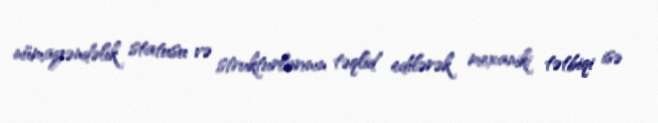
nümayəndəlik statusu və strukturlarının təqlid edilərək mexaniki tətbiqi isə